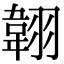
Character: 𦑻